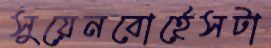
সুয়েনবোর্হেসটা